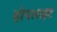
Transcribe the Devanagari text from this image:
होपलाइट